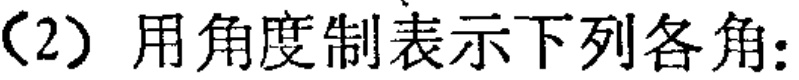
（2）用角度制表示下列各角: